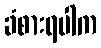
ခံစားရပါက